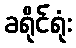
ခရိုင်ရုံး